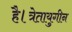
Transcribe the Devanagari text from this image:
है।त्रेतायुगीन